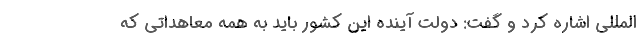
المللی اشاره کرد و گفت: دولت آینده این کشور باید به همه معاهداتی که